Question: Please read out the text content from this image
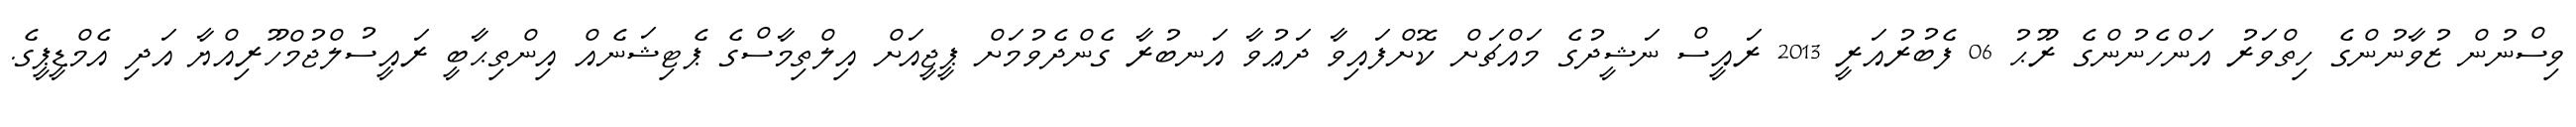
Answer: ވިސްނުން ޒުވާނުންގެ ހިތްވަރު އަންހެނުންގެ ރޫޙު 06 ފެބުރުއަރީ 2013 ރައީސް ނަޝީދުގެ މައްޗަށް ކޮށްފައިވާ ދަޢުވާ އަނބުރާ ގެންދެވުމަށް ޕީޖީއަށް އިލްތިމާސްގެ ޕެޓިޝަނެއް އިންތިޙާބީ ރައީސުލްޖުމްހޫރިއްޔާ އަދި އެމްޑީޕީގެ.